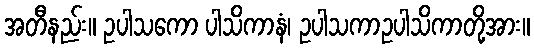
အတီနည်း။ ဥပါသကော ပါသိကာနံ၊ ဥပါသကာဥပါသိကာတို့အား။